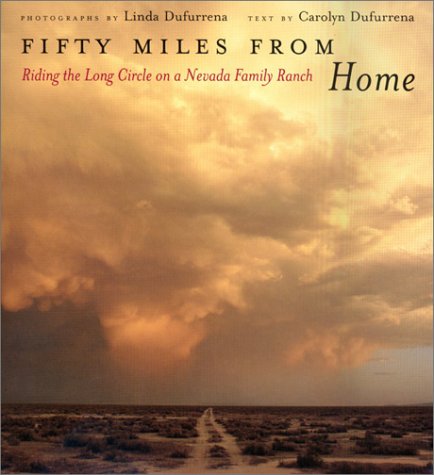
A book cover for Fifty Miles From Home: Riding The Long Circle On A Nevada Family Ranch; Carolyn Dufurrena; Travel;